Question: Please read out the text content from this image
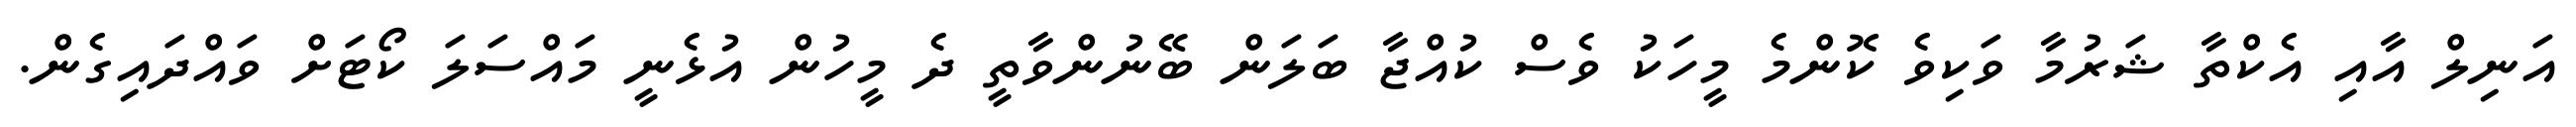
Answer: އަނިލް އާއި އެކްތާ ޝަރުމާ ވަކިވެ ކޮންމެ މީހަކު ވެސް ކުއްޖާ ބަލަން ބޭނުންވާތީ ދެ މީހުން އުޅެނީ މައްސަލަ ކޯޓަށް ވައްދައިގެން.